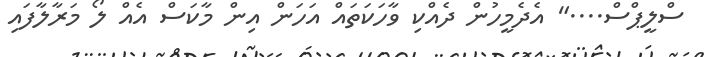
ސްލީޕްސް...." އެދެމީހުން ދެއްކި ވާހަކަތައް އަހަން އިން މާކަސް އެއް ލޯ މަރާލާފައި